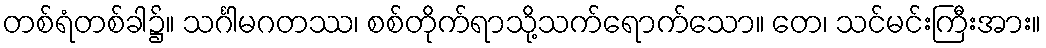
တစ်ရံတစ်ခါ၌။ သင်္ဂါမဂတဿ၊ စစ်တိုက်ရာသို့သက်ရောက်သော။ တေ၊ သင်မင်းကြီးအား။